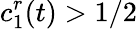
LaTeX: c_{1}^{r}(t)>1/2